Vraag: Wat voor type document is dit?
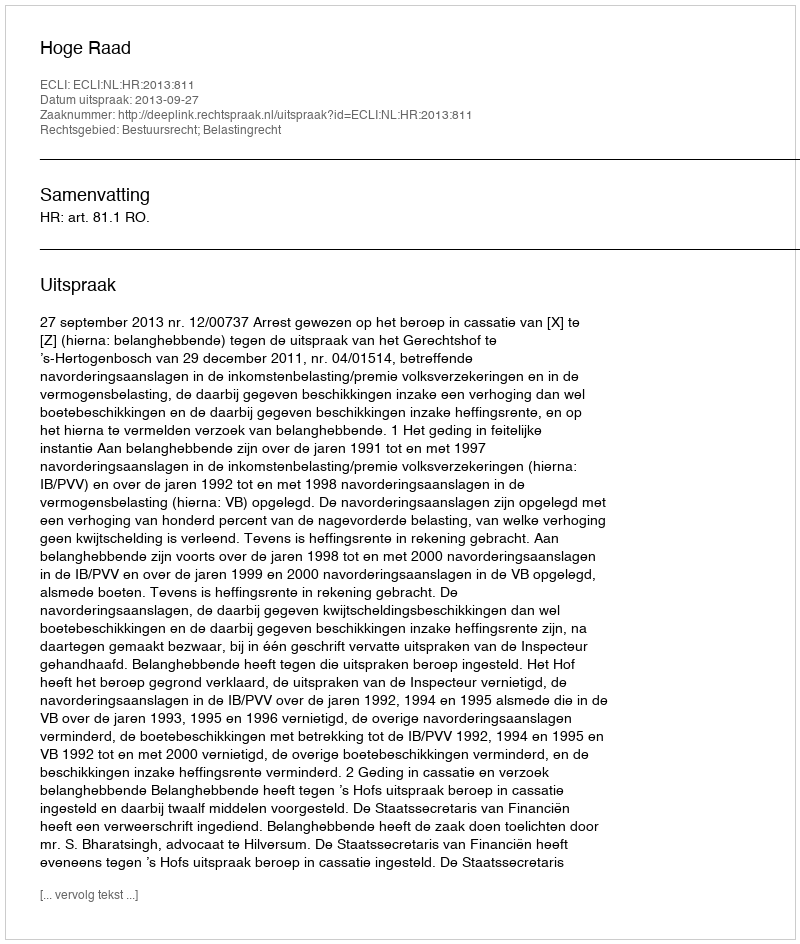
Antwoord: Uitspraak